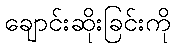
ချောင်းဆိုးခြင်းကို